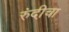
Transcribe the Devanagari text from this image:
रुंदी़चा